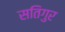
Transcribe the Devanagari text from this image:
सतिगुर